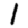
Digit: 1